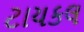
ટાયકલ